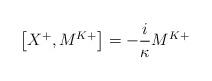
LaTeX: \begin{align*}\left[X^{+},M^{K+}\right]= -\frac{i}{\kappa}M^{K+}\end{align*}